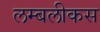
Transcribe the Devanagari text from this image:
लम्बलीकस